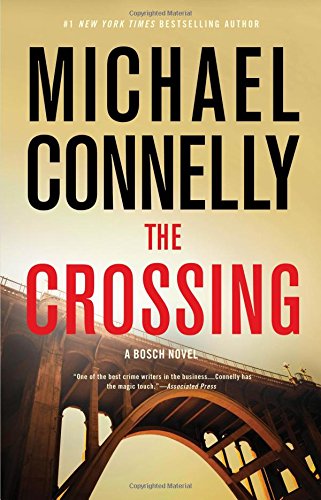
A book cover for The Crossing (Bosch); Michael Connelly; Mystery, Thriller & Suspense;